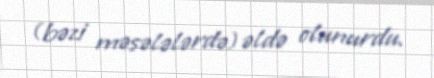
(bəzi məsələlərdə) əldə olunurdu.